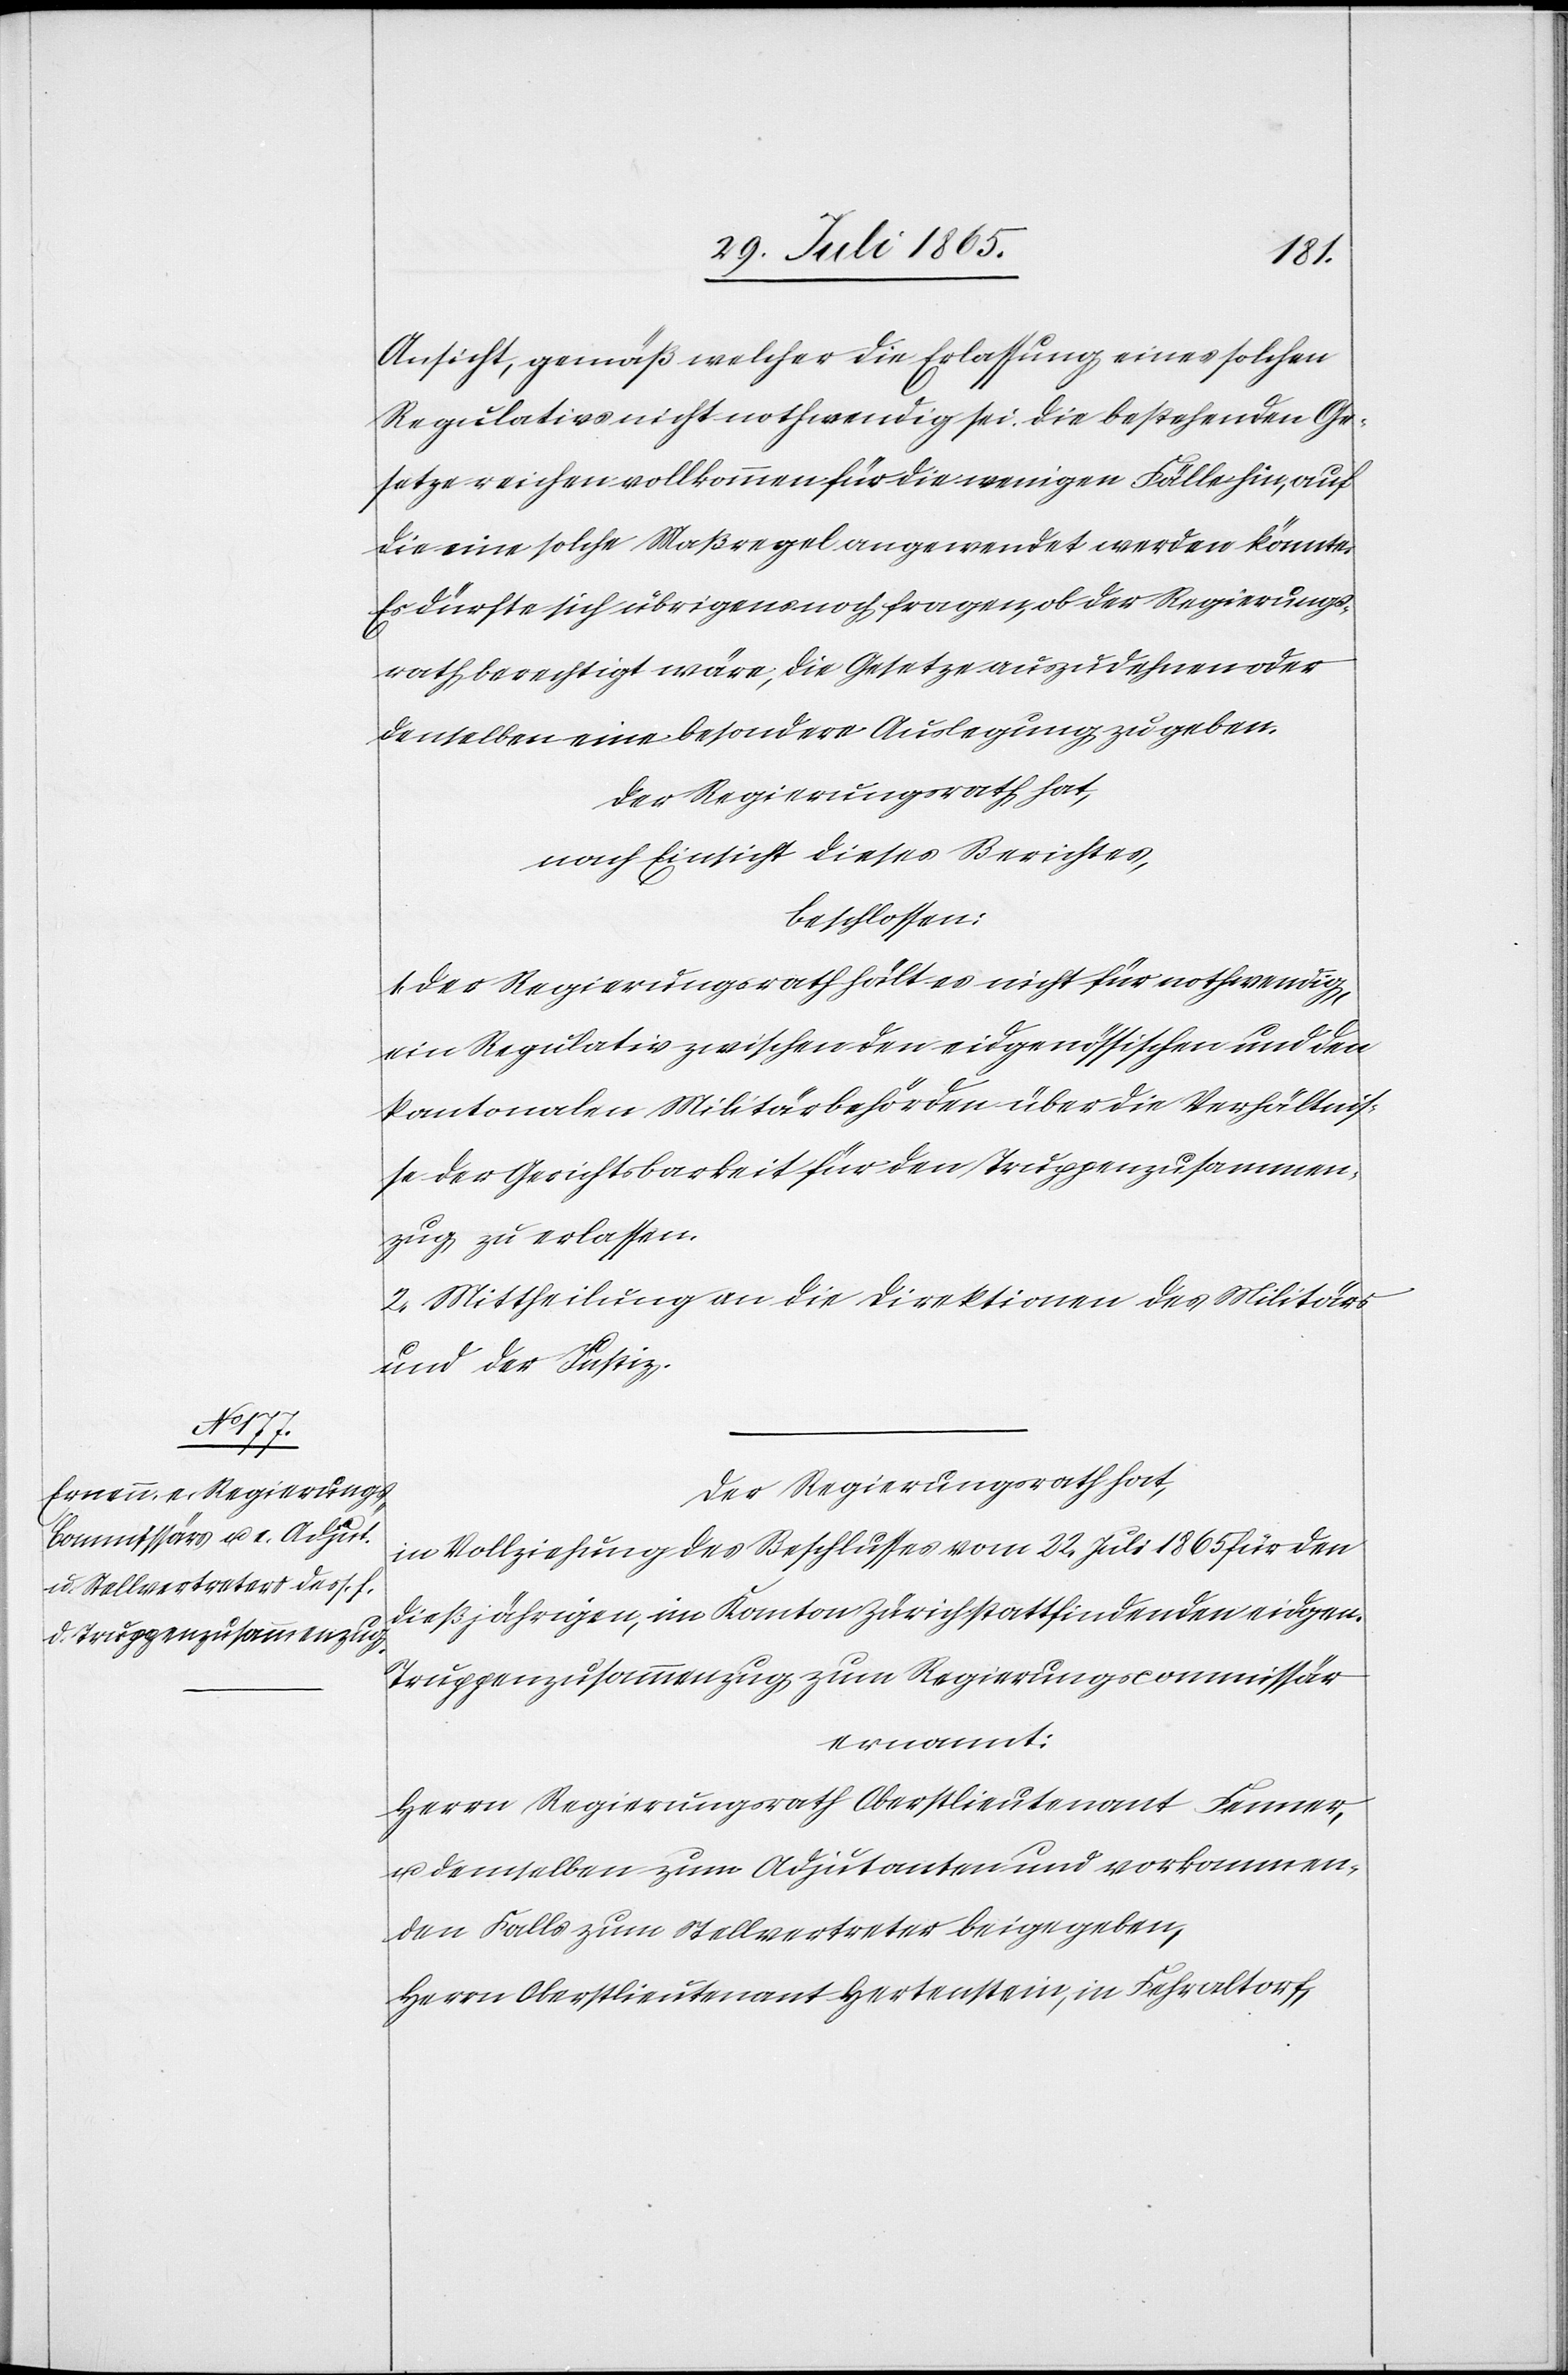
Ansicht, gemäß welcher die Erlassung eines solchen
Regulativs nicht nothwendig sei. Die bestehenden Ge¬
setze reichen vollkommen für die wenigen Fälle hin, auf
die eine solche Maßregel angewendet werden könnte.
Es dürfte sich übrigens noch fragen, ob der Regierungs¬
rath berechtigt wäre, die Gesetze auszudehnen oder
denselben eine besondere Auslegung zu geben.
Der Regierungsrath hat,
nach Einsicht dieses Berichtes,
beschlossen:
Der Regierungsrath hält es nicht für nothwendig,
ein Regulativ zwischen den eidgenössischen und den
kantonalen Militärbehörden über die Verhältnis¬
se der Gerichtsbarkeit für den Truppenzusammen¬
zug zu erlassen.
2. Mittheilung an die Direktionen des Militärs
und der Justiz.
1.
Der Regierungsrath hat,
in Vollziehung des Beschlusses vom 22. Juli 1865 für den
dießjährigen, im Kanton Zürich stattfindenden eidgen.
Truppenzusammenzug zum Regierungscommissär
ernannt:
Herrn Regierungsrath Oberstlieutenant Fenner,
u. demselben zum Adjutanten und vorkommen¬
den Falls zum Stellvertreter beigegeben,
Herrn Oberstlieutenant Hertenstein, in Fehraltorf,